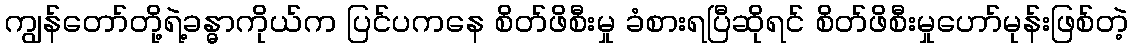
ကျွန်တော်တို့ရဲ့ခန္ဓာကိုယ်က ပြင်ပကနေ စိတ်ဖိစီးမှု ခံစားရပြီဆိုရင် စိတ်ဖိစီးမှုဟော်မုန်းဖြစ်တဲ့